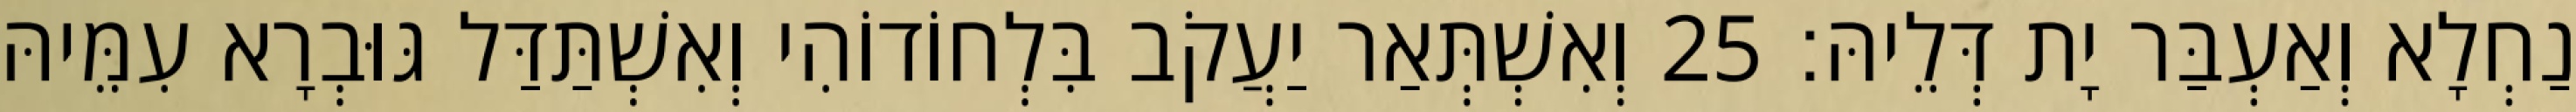
נַחְלָא וְאַעְבַּר יָת דְּלֵיהּ׃ 25 וְאִשְׁתְּאַר יַעֲקֹב בִּלְחוֹדוֹהִי וְאִשְׁתַּדַּל גּוּבְרָא עִמֵּיהּ